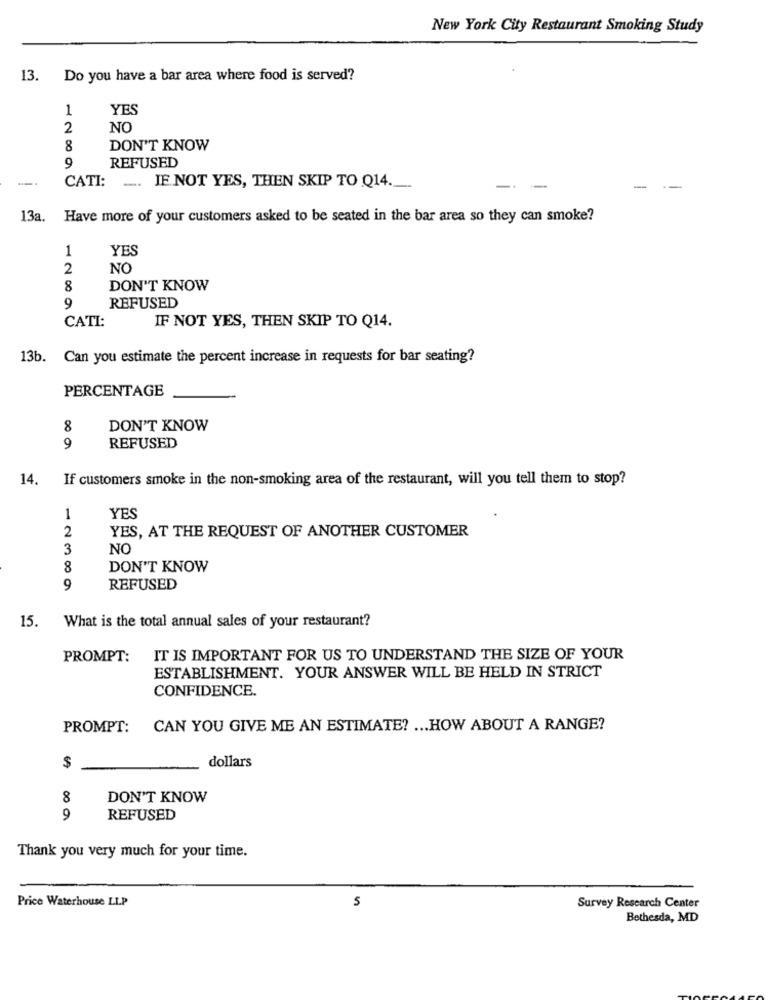
New York City Restaurant Smoking Study
13.
Do you have a bar area where food is served?
1
YES
2
NO
8
DON'T KNOW
9
REFUSED
CATI: .... JE. NOT YES, THEN SKIP TO Q14 ._
---
-
13a.
Have more of your customers asked to be seated in the bar area so they can smoke?
1
YES
2
NC
8
DON'T KNOW
9
REFUSED
CATI:
IF NOT YES, THEN SKIP TO Q14.
13b. Can you estimate the percent increase in requests for bar seating?
PERCENTAGE
8
DON'T KNOW
9
REFUSED
14.
If customers smoke in the non-smoking area of the restaurant, will you tell them to stop?
1
YES
2
YES, AT THE REQUEST OF ANOTHER CUSTOMER
3
NO
8
DON'T KNOW
9
REFUSED
15.
What is the total annual sales of your restaurant?
PROMPT:
IT IS IMPORTANT FOR US TO UNDERSTAND THE SIZE OF YOUR
ESTABLISHMENT. YOUR ANSWER WILL BE HELD IN STRICT
CONFIDENCE.
PROMPT:
CAN YOU GIVE ME AN ESTIMATE? ... HOW ABOUT A RANGE?
dollars
$
8
DON'T KNOW
9
REFUSED
Thank you very much for your time.
Price Waterhouse LLP
5
Survey Research Center
Bethesda, MD